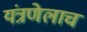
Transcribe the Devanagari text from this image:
यंत्रणेलाच